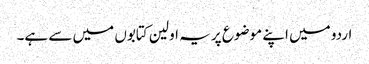
اردو میں اپنے موضوع پر یہ اولین کتابوں میں سے ہے۔